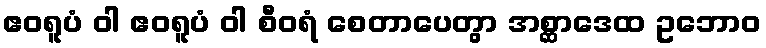
ဧဝရူပံ ဝါ ဧဝရူပံ ဝါ စီဝရံ စေတာပေတွာ အစ္ဆာဒေထ ဥဘောဝ